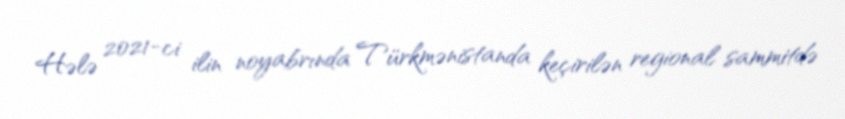
Hələ 2021-ci ilin noyabrında Türkmənistanda keçirilən regional sammitdə